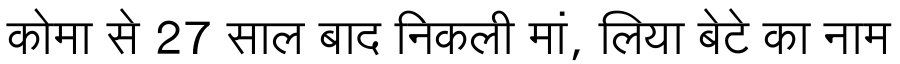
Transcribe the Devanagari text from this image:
कोमा से 27 साल बाद निकली मां, लिया बेटे का नाम